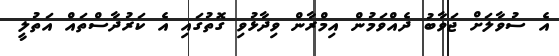
އެ ސުވާލަށް ޖަވާބު ދެއްވަމުން އިމްރާން ވިދާޅުވި ގޮތުގައި އެ ކަރުދާސްތައް އަތުލީ